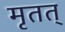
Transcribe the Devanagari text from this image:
मृतत्